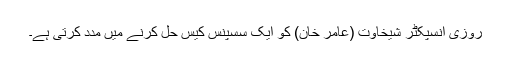
روزی انسپکٹر شیخاوت (عامر خان) کو ایک سسپنس کیس حل کرنے میں مدد کرتی ہے۔